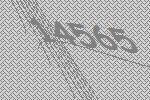
14565